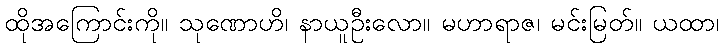
ထိုအကြောင်းကို။ သုဏောဟိ၊ နာယူဦးလော။ မဟာရာဇ၊ မင်းမြတ်။ ယထာ၊